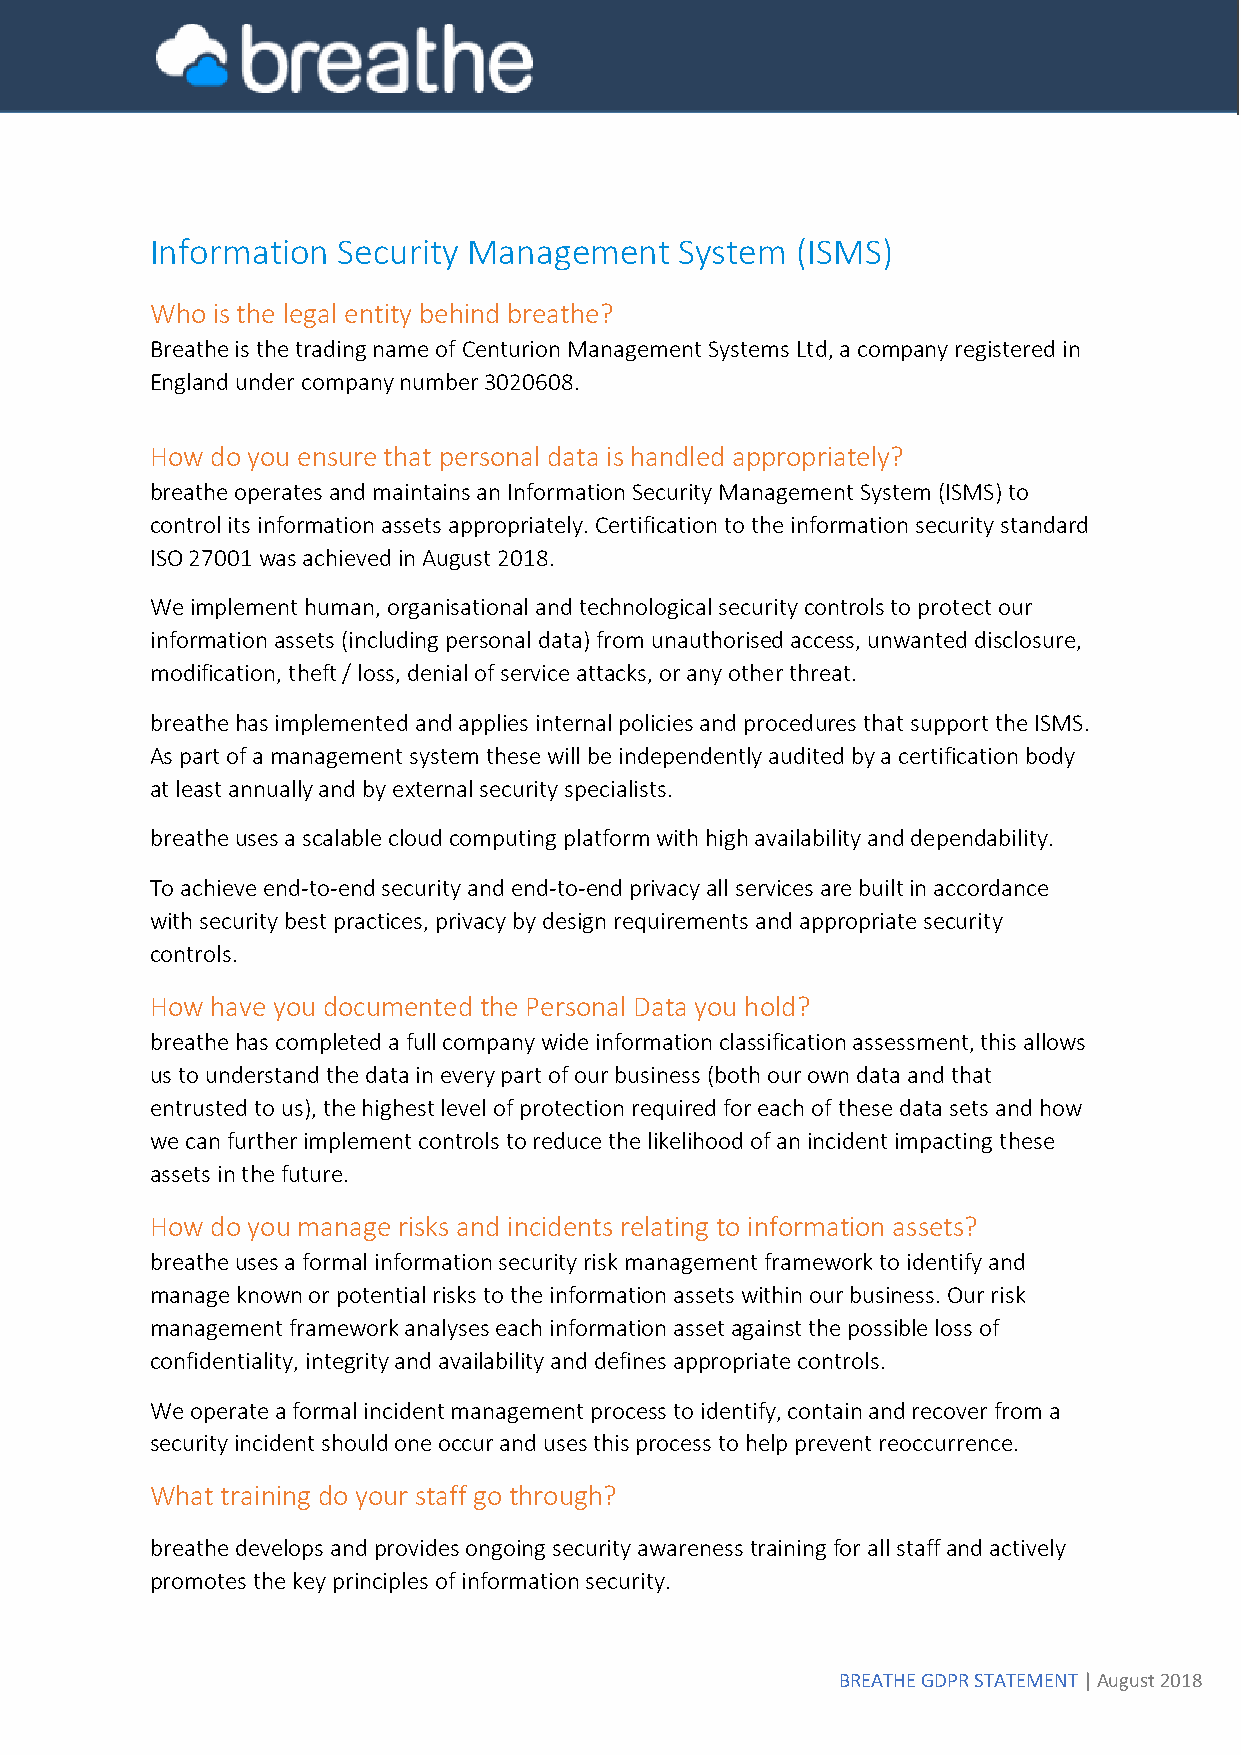
Information Security Management    System  (ISMS)
 Who is the legal entity behind breathe?
 Breathe is the trading name of Centurion Management Systems Ltd, a company registered in
 England under company number 3020608.
 How do you ensure that personal data is handled appropriately?
 breathe operates and maintains an Information Security Management System (ISMS) to
 control its information assets appropriately. Certification to the information security standard
 ISO 27001 was achieved in August 2018.
 We implement human, organisational and technological security controls to protect our
 information assets (including personal data) from unauthorised access, unwanted disclosure,
 modification, theft / loss, denial of service attacks, or any other threat.
 breathe has implemented and applies internal policies and procedures that support the ISMS.
 As part of a management system these will be independently audited by a certification body
 at least annually and by external security specialists.
 breathe uses a scalable cloud computing platform with high availability and dependability.
 To achieve end-to-end security and end-to-end privacy all services are built in accordance
 with security best practices, privacy by design requirements and appropriate security
 controls.
 How have you documented the Personal Data you hold?
 breathe has completed a full company wide information classification assessment, this allows
 us to understand the data in every part of our business (both our own data and that
 entrusted to us), the highest level of protection required for each of these data sets and how
 we can further implement controls to reduce the likelihood of an incident impacting these
 assets in the future.
 How do you manage risks and incidents relating to information assets?
 breathe uses a formal information security risk management framework to identify and
 manage known or potential risks to the information assets within our business. Our risk
 management framework analyses each information asset against the possible loss of
 confidentiality, integrity and availability and defines appropriate controls.
 We operate a formal incident management process to identify, contain and recover from a
 security incident should one occur and uses this process to help prevent reoccurrence.
 What training do your staff go through?
 breathe develops and provides ongoing security awareness training for all staff and actively
 promotes the key principles of information security.
 BREATHE GDPR STATEMENT | August 2018